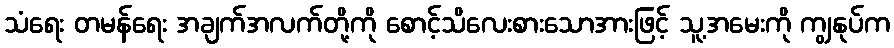
သံရေး တမန်ရေး အချက်အလက်တို့ကို စောင့်သိလေးစားသောအားဖြင့် သူ့အမေးကို ကျွနုပ်က